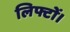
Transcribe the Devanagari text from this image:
लिफ्टों।